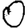
Digit: 0